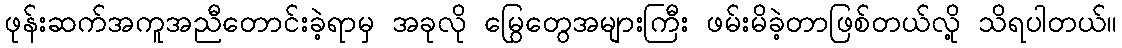
ဖုန်းဆက်အကူအညီတောင်းခဲ့ရာမှ အခုလို မြွေတွေအများကြီး ဖမ်းမိခဲ့တာဖြစ်တယ်လို့ သိရပါတယ်။